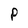
Character: P